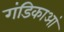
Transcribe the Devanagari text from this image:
गंडिकाआं